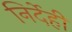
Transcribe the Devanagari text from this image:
निर्देही